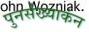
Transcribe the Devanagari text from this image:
पुनर्संख्याकंन